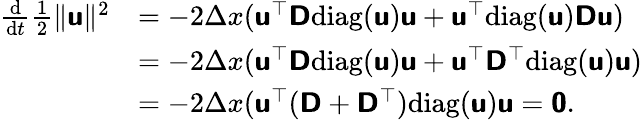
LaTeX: \begin{array}{rl}{\frac{\mathrm{d}}{\mathrm{d}t}\frac{1}{2}\| \mathbf{\boldsymbol{\mathsf{u}}}\| ^{2}}&{=-2\Delta x(\mathbf{\boldsymbol{\mathsf{u}}}^{\top}\mathbf{\boldsymbol{\mathsf{D}}}\mathrm{diag}(\mathbf{\boldsymbol{\mathsf{u}}})\mathbf{\boldsymbol{\mathsf{u}}}+\mathbf{\boldsymbol{\mathsf{u}}}^{\top}\mathrm{diag}(\mathbf{\boldsymbol{\mathsf{u}}})\mathbf{\boldsymbol{\mathsf{D}}}\mathbf{\boldsymbol{\mathsf{u}}})}\\ &{=-2\Delta x(\mathbf{\boldsymbol{\mathsf{u}}}^{\top}\mathbf{\boldsymbol{\mathsf{D}}}\mathrm{diag}(\mathbf{\boldsymbol{\mathsf{u}}})\mathbf{\boldsymbol{\mathsf{u}}}+\mathbf{\boldsymbol{\mathsf{u}}}^{\top}\mathbf{\boldsymbol{\mathsf{D}}}^{\top}\mathrm{diag}(\mathbf{\boldsymbol{\mathsf{u}}})\mathbf{\boldsymbol{\mathsf{u}}})}\\ &{=-2\Delta x(\mathbf{\boldsymbol{\mathsf{u}}}^{\top}(\mathbf{\boldsymbol{\mathsf{D}}}+\mathbf{\boldsymbol{\mathsf{D}}}^{\top})\mathrm{diag}(\mathbf{\boldsymbol{\mathsf{u}}})\mathbf{\boldsymbol{\mathsf{u}}}=\mathbf{\boldsymbol{\mathsf{0}}}.}\end{array}